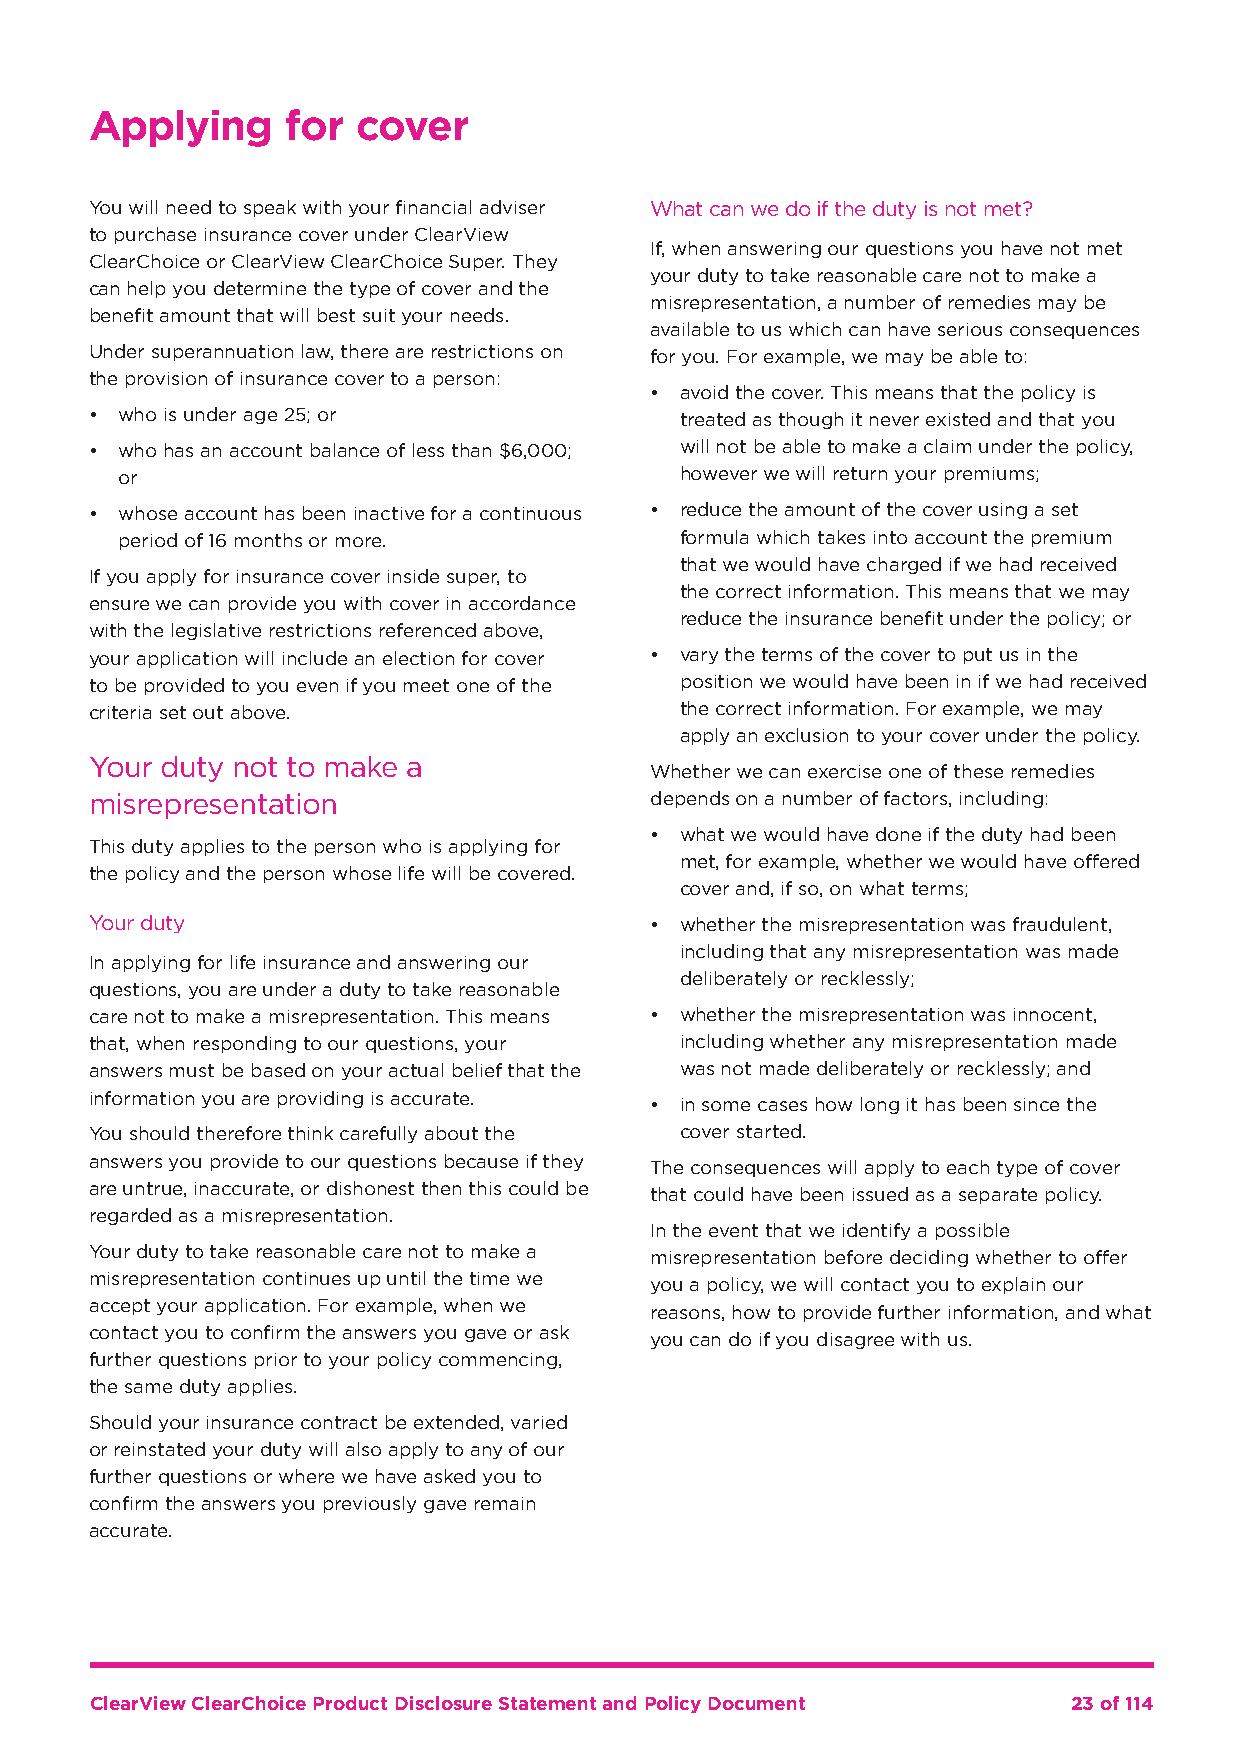
Applying     for  cover
 You will need to speak with your financial adviser What can we do if the duty is not met?
 to purchase insurance cover under ClearView
 If, when answering our questions you have not met
 ClearChoice or ClearView ClearChoice Super. They
 your duty to take reasonable care not to make a
 can help you determine the type of cover and the
 misrepresentation, a number of remedies may be
 benefit amount that will best suit your needs.
 available to us which can have serious consequences
 Under superannuation law, there are restrictions on for you. For example, we may be able to:
 the provision of insurance cover to a person:
 • avoid the cover. This means that the policy is
 • who is under age 25; or              treated as though it never existed and that you
 • who has an account balance of less than $6,000; will not be able to make a claim under the policy,
 or                                   however we will return your premiums;
 • whose account has been inactive for a continuous • reduce the amount of the cover using a set
 period of 16 months or more.         formula which takes into account the premium
 that we would have charged if we had received
 If you apply for insurance cover inside super, to
 the correct information. This means that we may
 ensure we can provide you with cover in accordance
 reduce the insurance benefit under the policy; or
 with the legislative restrictions referenced above,
 your application will include an election for cover • vary the terms of the cover to put us in the
 to be provided to you even if you meet one of the position we would have been in if we had received
 criteria set out above.                the correct information. For example, we may
 apply an exclusion to your cover under the policy.
 Your duty not to make a
 Whether we can exercise one of these remedies
 misrepresentation                    depends on a number of factors, including:
 • what we would have done if the duty had been
 This duty applies to the person who is applying for
 met, for example, whether we would have offered
 the policy and the person whose life will be covered.
 cover and, if so, on what terms;
 Your duty                            • whether the misrepresentation was fraudulent,
 including that any misrepresentation was made
 In applying for life insurance and answering our
 deliberately or recklessly;
 questions, you are under a duty to take reasonable
 care not to make a misrepresentation. This means • whether the misrepresentation was innocent,
 that, when responding to our questions, your including whether any misrepresentation made
 answers must be based on your actual belief that the was not made deliberately or recklessly; and
 information you are providing is accurate.
 • in some cases how long it has been since the
 You should therefore think carefully about the cover started.
 answers you provide to our questions because if they
 The consequences will apply to each type of cover
 are untrue, inaccurate, or dishonest then this could be
 that could have been issued as a separate policy.
 regarded as a misrepresentation.
 In the event that we identify a possible
 Your duty to take reasonable care not to make a
 misrepresentation before deciding whether to offer
 misrepresentation continues up until the time we
 you a policy, we will contact you to explain our
 accept your application. For example, when we
 reasons, how to provide further information, and what
 contact you to confirm the answers you gave or ask
 you can do if you disagree with us.
 further questions prior to your policy commencing,
 the same duty applies.
 Should your insurance contract be extended, varied
 or reinstated your duty will also apply to any of our
 further questions or where we have asked you to
 confirm the answers you previously gave remain
 accurate.
 ClearView ClearChoice Product Disclosure Statement and Policy Document 23 of 114